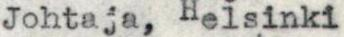
Johtaja, Helsinki